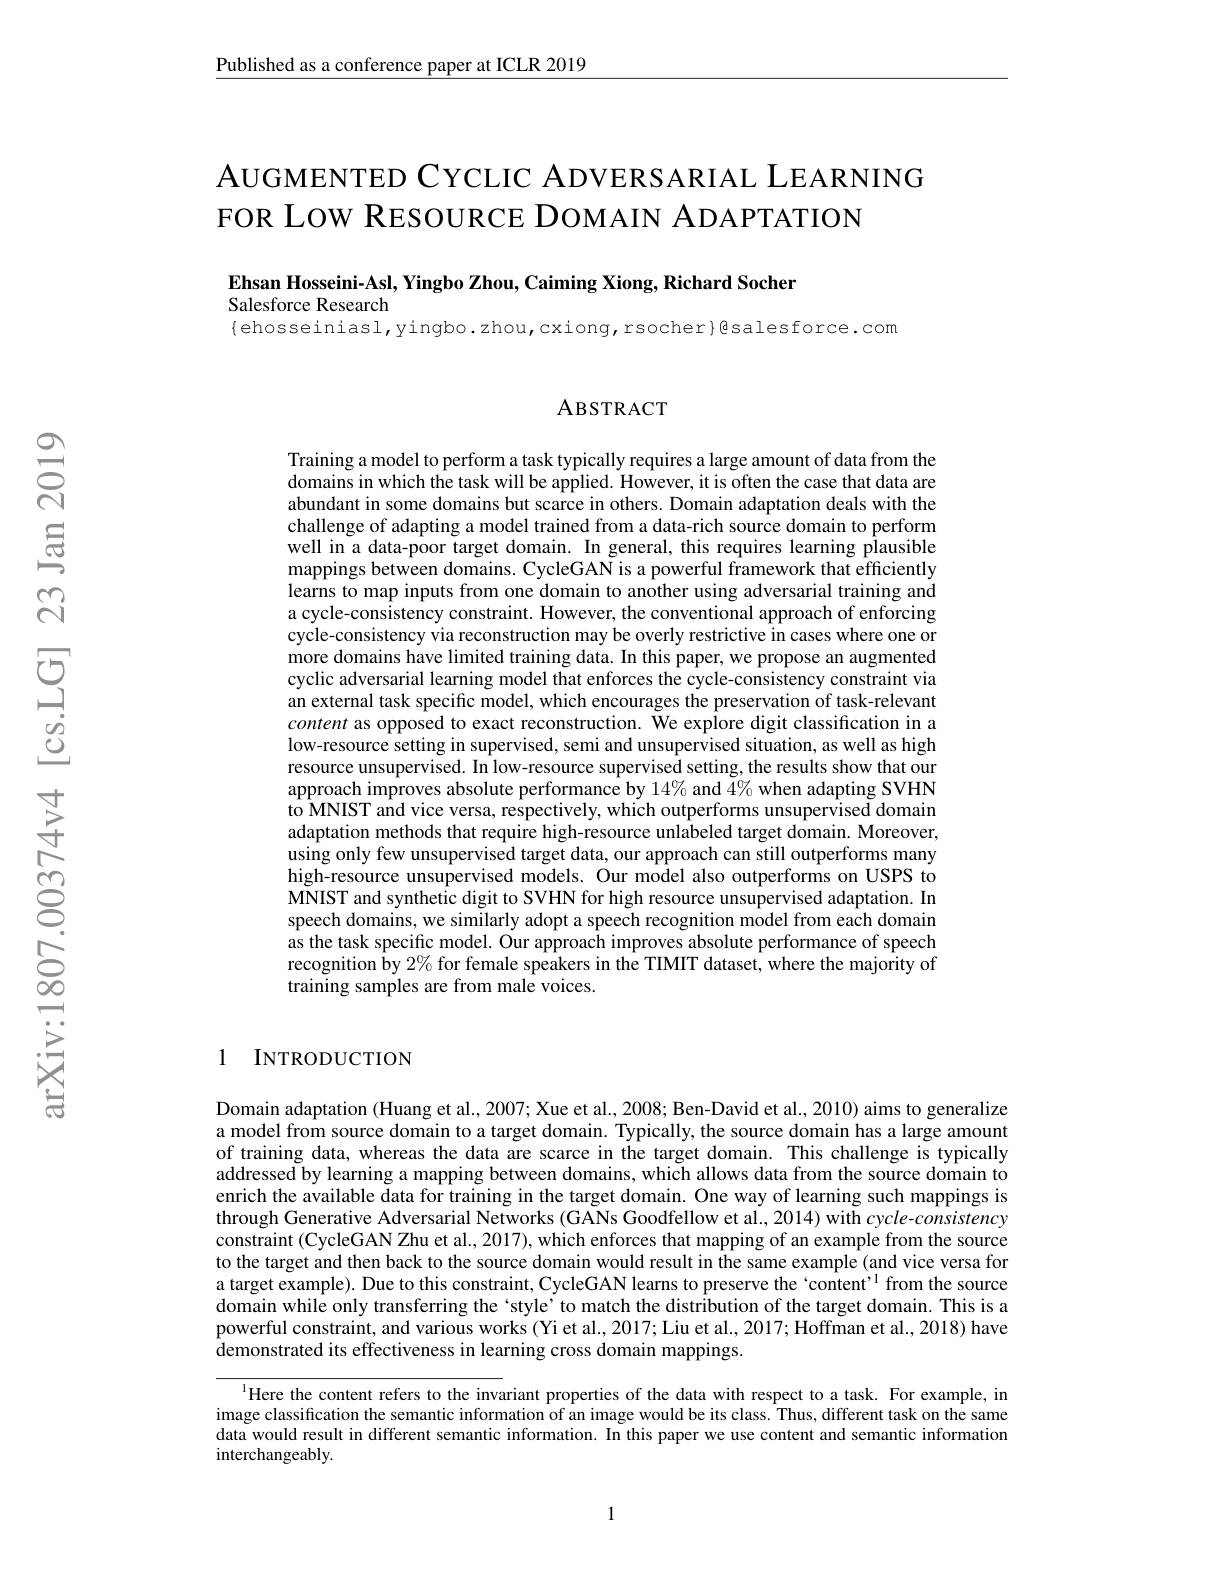
Published as a conference paper at ICLR 2019

# AUGMENTED CYCLIC ADVERSARIAL LEARNING FOR LOW RESOURCE DOMAIN ADAPTATION

Ehsan Hosseini-Asl, Yingbo Zhou, Caiming Xiong, Richard Socher

Salesforce Research

$\{$ehosseiniasl,yingbo.zhou,cxiong,rsocher$\}$gsalesforce.com

ABSTRACT

Training a model to perform a task typically requires a large amount of data from the domains in which the task will be applied. However, it is often the case that data are abundant in some domains but scarce in others. Domain adaptation deals with the challenge of adapting a model trained from a data-rich source domain to perform well in a data-poor target domain. In general, this requires learning plausible mappings between domains. CycleGAN is a powerful framework that efficiently learns to map inputs from one domain to another using adversarial training and a cycle-consistency constraint. However, the conventional approach of enforcing cycle-consistency via reconstruction may be overly restrictive in cases where one or more domains have limited training data. In this paper, we propose an augmented cyclic adversarial learning model that enforces the cycle-consistency constraint via an external task specific model, which encourages the preservation of task-relevant content as opposed to exact reconstruction. We explore digit classification in a low-resource setting in supervised, semi and unsupervised situation, as well as high resource unsupervised. In low-resource supervised setting, the results show that our approach improves absolute performance by $14\%$ and $4\%$ when adapting SVHN $\hat{\text{to MNIST and vice versa, respectively, which outperforms unsupervised domain}}$ adaptation methods that require high-resource unlabeled target domain. Moreover, using only few unsupervised target data, our approach can still outperforms many high-resource unsupervised models. Our model also outperforms on USPS to MNIST and synthetic digit to SVHN for high resource unsupervised adaptation. In speech domains, we similarly adopt a speech recognition model from each domain as the task specific model. Our approach improves absolute performance of speech recognition by $2\%$ for female speakers in the TIMIT dataset, where the majority of training samples are from male voices.

### 1 INTRODUCTION

Domain adaptation (Huang et al., 2007; Xue et al., 2008; Ben-David et al., 2010) aims to generalize a model from source domain to a target domain. Typically, the source domain has a large amount of training data, whereas the data are scarce in the target domain. This challenge is typically addressed by learning a mapping between domains, which allows data from the source domain to enrich the available data for training in the target domain. One way of learning such mappings is through Generative Adversarial Networks (GANs Goodfellow et al., 2014) with cycle-consistency constraint (CycleGAN Zhu et al., 2017), which enforces that mapping of an example from the source to the target and then back to the source domain would result in the same example (and vice versa for a target example). Due to this constraint, CycleGAN learns to preserve the `content'$^{1}$ from the source domain while only transferring the ‘style’to match the distribution of the target domain. This is a powerful constraint, and various works (Yi et al., 2017; Liu et al., 2017; Hoffman et al., 2018) have $\hat{\text{demonstrated its effectiveness in learning cross domain mappings.}}$

$^{1}$Here the content refers to the invariant properties of the data with respect to a task. For example, in image classification the semantic information of an image would be its class. Thus, different task on the same data would result in different semantic information. In this paper we use content and semantic information interchangeably.

1